Calcutta medical institutions reports 1892-1900
Year: 1892
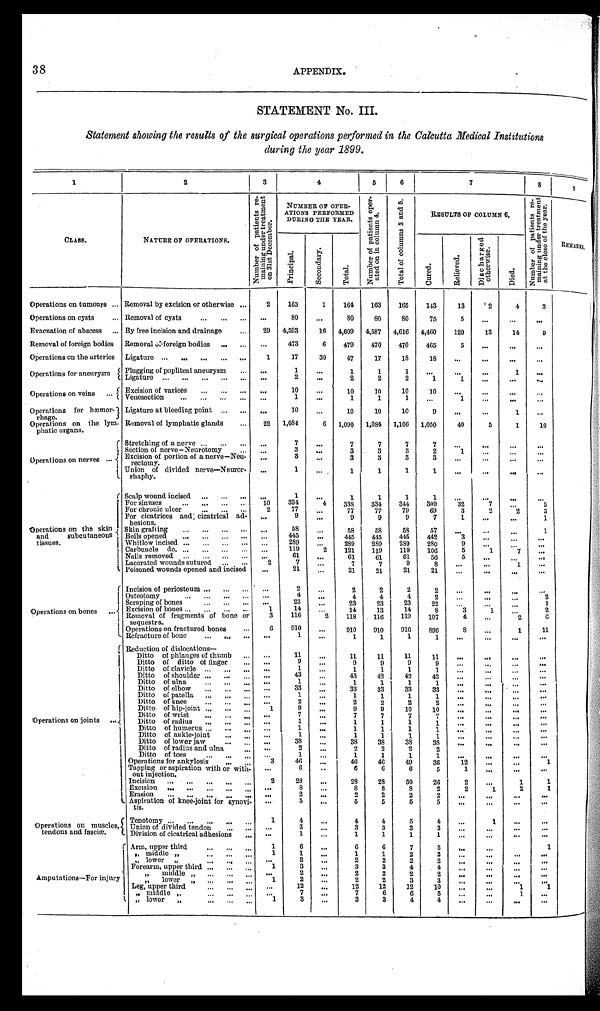
38
APPENDIX.
STATEMENT No. III.
Statement showing the results of the surgical operations performed in the Calcutta Medical Institutions
during the year 1899.
1
2
3
4
5
6
7
8
9
CLASS.
NATURE OF OPERATIONS.
N u m b e r o f p a t i e n t s r e - m a i n i n g u n d e r t r e a t m e n t o n 3 1 s t D e c e m b e r .
NUMBER OF OPER-
ATIONS PERFORMED
DURING TUE YEAR.
N u m b e r o f p a t i e n t s o p e r - a t e d o n i n c o l u m n 4 .
T o t a l o f c o l u m n 3 a n d 5 .
RESULTS OF COLUMN 6.
N u m b e r o f p a t i e n t s r e - m a i n i n g u n d e r t r e a t m e n t a t t h e c l o s e o f t h e y e a r .
REMARKS.
P r i n c i p a l .
S e c o n d a r y .
T o t a l .
C u r e d .
R e l i e v e d .
D i s c h a r g e d o t h e r w i s e .
D i e d .
Operations on tumours . . . Removal by excision or otherwise . . .
2
163
1
164
163
165
143
13
2
4
3
Operations on cysts . . . Removal of cysts . . .
. . .
80
. . .
80
80
80
75
5
. . .
. . .
. . .
Evacuation of abscess . . . By free incision and drainage . . .
29
4,593
16 4,609 4,587 4,616 4,460
120
13
14
9
Removal of foreign bodies Removal of foreign bodies . . .
. . .
473
6
479
470
470
465
5
. . .
. . .
. . .
Operations on the arteries Ligature . . .
1
17
30
47
17
18
18
. . .
. . .
. . .
. . .
Operations for aneurysm
Plugging of popliteal aneurysm . . .
. . .
1
. . .
1
1
1
. . .
. . .
. . .
1
. . .
Ligature . . .
. . .
2
. . .
2
2
2
1
1
. . .
. . .
. . .
O p e r a t i o n s o n v e i n s . . .
E x c i s i o n o f v a r i c e s
. . .
. . .
10
. . .
10
10
10
10
. . .
. . .
. . .
. . .
Venesecti on . . .
. . .
1
. . .
1
1
1
. . .
1
. . .
. . .
. . .
Operations for hæmor
-rhage.
Ligature at bleeding point . . .
. . .
10
. . .
10
10
10
9
. . .
. . .
1
. . .
Operations on the lym
-phatic organs.
Removal of lymphatic glands . . .
22 1,084
6 1,090 1,084 1,106 1,050
40
5
1
10
Operations on nerves . . .
Stretching of a nerve . . .
. . .
7
. . .
7
7
7
7
. . .
. . . . . .
. . .
Section of nerve—Neurotomy . . .
. . .
3
. . .
3
3
3
2
1
. . .
. . .
. . .
Excision of portion of a nerve—Neu
-rectomy.
. . .
3
. . .
3
3
3
3
. . .
. . .
. . .
. . .
Union of divided nerve—Neuror
-rhaphy.
. . .
1
. . .
1
1
1
1
. . .
. . .
. . .
. . .
Operations on the skin
and subcutaneous
tissues.
Scalp wound incised . . .
. . .
1
. . .
1
1
1
1
. . .
. . .
. . .
. . .
For sinuses . . .
1 0
334
4
338
334
344
300
32
7
. . .
5
For chronic ulcer . . .
2
77
. . .
77
77
79
69
3
2
2
3
For cicatrices and cicatrical ad
-hesions.
. . .
9
. . .
9
9
9
7
1
. . .
. . .
1
Skin grafting . . .
. . .
58
. . .
58
58
58
57
. . .
. . .
. . .
1
Boils opened . . .
. . .
445
. . . 445
445
445
442
3
. . .
. . .
. . .
Whitlow incised . . .
. . .
289
. . .
289
289
289
280
9
. . .
. . .
. . .
Carbuncle do. . . .
. . .
119
2
121
119
119
106
5
1
7
. . .
Nails removed . . .
. . .
61
. . .
61
61
61
56
5
. . . . . .
. . .
Lacerated wounds sutured . . .
2
7
. . .
7
7
9
8
. . .
. . .
1
. . .
Poisoned wounds opened and incised
. . .
21 . . .
21
21
21
21
. . .
. . .
. . .
. . .
Operations on bones . . .
Incision of periosteum . . .
. . .
2 . . .
2
2
2
2
. . .
. . .
. . .
. . .
Osteotomy . . .
. . .
4
. . .
4
4
4
2
. . .
. . . . . .
2
Scraping of bones . . .
. . .
23
. . .
23
23
23
22
. . .
. . .
. . .
1
Excision of bones . . .
1
14 . . .
14
13
14
8
3
1
. . .
2
Removal of fragments of bone or
sequestra.
3
116
2
118
116
119
107
4
. . .
2
6
Operations on fractured bones . . .
6
910
. . .
910
910
916
896
8
. . .
1
11
Refracture of bone . . .
. . .
1
. . .
1
1
1
1
. . .
. . .
. . .
. . .
Operations on joints . . .
Reduction of dislocations—
Ditto of phlanges of thumb . . .
. . .
11
. . .
11
11
11
11
. . .
. . .
. . .
. . .
Ditto of ditto of finger . . .
. . .
9
. . .
9
9
9
9
. . .
. . .
. . .
. . .
Ditto of clavicle . . .
. . .
1
. . .
1
1
1
1
. . .
. . .
. . .
. . .
Ditto of shoulder . . .
. . .
43
. . .
43
42
42
42
. . .
. . .
. . .
. . .
Ditto of ulna . . .
. . .
1
. . .
1
1
1
1
. . .
. . .
. . .
. . .
Ditto of elbow . . .
. . .
33
. . .
33
33
33
33
. . .
. . .
. . .
. . .
Ditto of patella . . .
. . .
1
. . .
1
1
1
1
. . .
. . .
. . .
. . .
Ditto of knee . . .
. . .
2
. . .
2
2
2
2
. . .
. . .
. . .
. . .
Ditto of hip-joint . . .
1
9
. . .
9
9
10
10
. . .
. . .
. . .
. . .
Ditto of wrist . . .
. . .
7
. . .
7
7
7
7
. . .
. . .
. . .
. . .
Ditto of radius . . .
. . .
1
. . .
1
1
1
1
. . .
. . .
. . .
. . .
Ditto of humerus . . .
. . .
1
. . .
1
1
1
1
. . .
. . .
. . . . . .
Ditto of ankle-joint . . .
. . .
1
. . .
1
1
1
1
. . .
. . .
. . .
. . .
Ditto of lower jaw . . .
. . .
38
. . .
38
38
38
38
. . .
. . .
. . .
. . .
Ditto of radius and. ulna . . .
. . .
2
. . .
2
2
2
2
D i t t o o f t o e s . . .
. . .
1
. . .
1
1
1
1
. . .
. . .
. . .
. . .
O p e r a t i o n s f o r a n k y l o s i s . . .
3
46
. . .
46
46
49
36
12
. . .
. . .
1
T a p p i n g o r a s p i r a t i o n w i t h o r w i t h -
out injection.
. . .
6
. . .
6
6
6
5
1
. . .
. . .
. . .
Incision . . .
2
28
. . .
28
28
30
26
2
. . .
1
1
Excision . . .
. . .
8
. . .
8
8
8
2
2
1
2
1
Erasion . . .
. . .
2
. . .
2
2
2
2
. . .
. . .
. . .
. . .
Aspiration of knee-joint for synovi
-tis.
. . .
5
. . .
5
5
5
5
. . .
. . .
. . .
. . .
Operations on muscles,
tendons and fasciæ.
Tenotomy . . .
1
4
. . .
4
4
5
4
. . .
1
. . .
. . .
Union of divided tendon . . .
. . .
3
. . .
3
3
3
3
. . .
. . .
. . .
. . .
Division of cicatrical adhesions . . .
. . .
1
. . .
1
1
1
1
. . .
. . .
. . .
. . .
Amputations—For injury
Arm, upper third . . .
1
6
. . .
6
6
7
5
. . .
. . .
1
" middle " . . .
1
1
. . .
1
1
2
2
. . .
. . .
. . .
. . .
" lower " . . .
. . .
2
. . .
2
2
2
2
. . .
. . .
. . .
. . .
Forearm, upper third . . .
1
3
. . .
3
3
4
4
. . .
. . .
. . .
. . .
" middle " . . .
. . .
2
. . .
2
2
2
2
. . .
. . .
. . .
. . .
" l o w e r " . . .
1
2
. . .
2
2
3
3
. . .
. . .
. . .
. . .
Leg, upper third
. . .
. . .
12
. . .
12
12
12
10
. . .
. . .
1
1
" middle " . . .
. . .
7
. . .
7
6
6
5
. . .
. . .
1
. . .
" lower " . . .
1
3
. . .
3
3
4
4
. . .
. . .
. . .
. . .